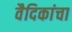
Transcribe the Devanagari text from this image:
वैदिकांचा